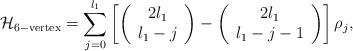
LaTeX: \begin{align*}{\cal H}_{\rm 6-vertex}=\sum_{j=0}^{l_1}\left[\left(\begin{array}{c}2l_1\\ l_1-j\end{array}\right)-\left(\begin{array}{c}2l_1\\ l_1-j-1\end{array}\right)\right]\rho_{j},\end{align*}